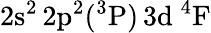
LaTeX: \mathrm{2s^{2}\, 2p^{2}(^{3}P)\, 3d~^{4}F}